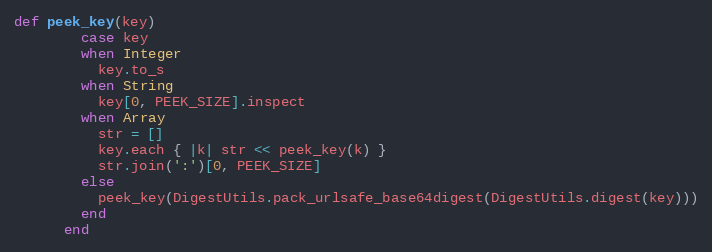
Language: Ruby
def peek_key(key)
        case key
        when Integer
          key.to_s
        when String
          key[0, PEEK_SIZE].inspect
        when Array
          str = []
          key.each { |k| str << peek_key(k) }
          str.join(':')[0, PEEK_SIZE]
        else
          peek_key(DigestUtils.pack_urlsafe_base64digest(DigestUtils.digest(key)))
        end
      end